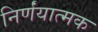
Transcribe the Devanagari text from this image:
निर्णंयात्मक